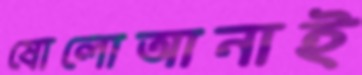
ষোলোআনাই